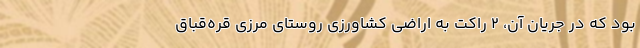
بود که در جریان آن، ۲ راکت به اراضی کشاورزی روستای مرزی قره‌قباق